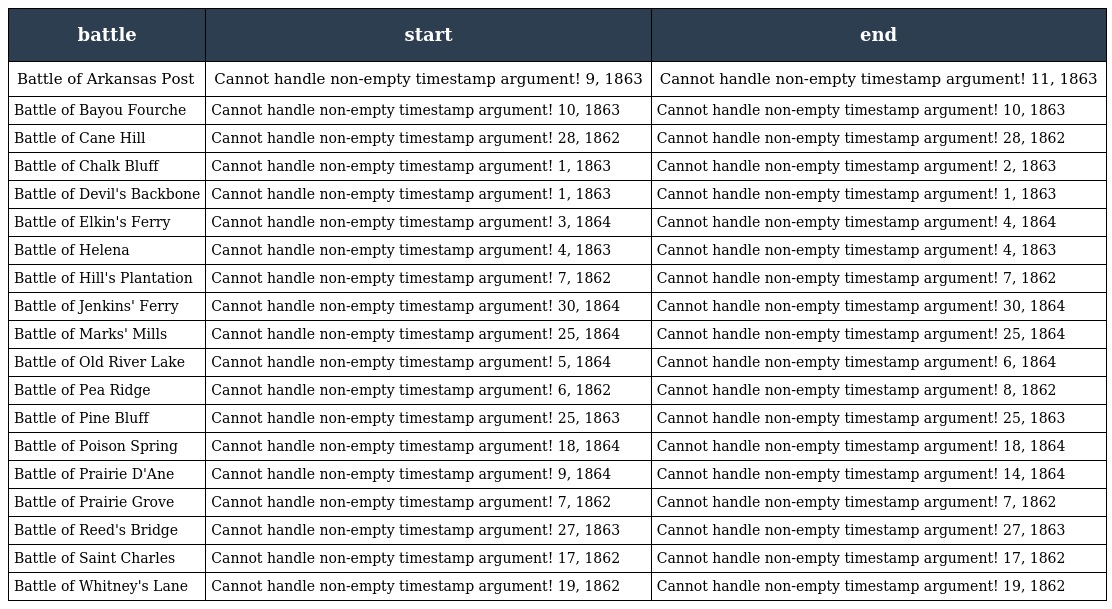
| battle | start | end |
 | --- | --- | --- |
 | Battle of Arkansas Post | Cannot handle non-empty timestamp argument! 9, 1863 | Cannot handle non-empty timestamp argument! 11, 1863 |
 | Battle of Bayou Fourche | Cannot handle non-empty timestamp argument! 10, 1863 | Cannot handle non-empty timestamp argument! 10, 1863 |
 | Battle of Cane Hill | Cannot handle non-empty timestamp argument! 28, 1862 | Cannot handle non-empty timestamp argument! 28, 1862 |
 | Battle of Chalk Bluff | Cannot handle non-empty timestamp argument! 1, 1863 | Cannot handle non-empty timestamp argument! 2, 1863 |
 | Battle of Devil's Backbone | Cannot handle non-empty timestamp argument! 1, 1863 | Cannot handle non-empty timestamp argument! 1, 1863 |
 | Battle of Elkin's Ferry | Cannot handle non-empty timestamp argument! 3, 1864 | Cannot handle non-empty timestamp argument! 4, 1864 |
 | Battle of Helena | Cannot handle non-empty timestamp argument! 4, 1863 | Cannot handle non-empty timestamp argument! 4, 1863 |
 | Battle of Hill's Plantation | Cannot handle non-empty timestamp argument! 7, 1862 | Cannot handle non-empty timestamp argument! 7, 1862 |
 | Battle of Jenkins' Ferry | Cannot handle non-empty timestamp argument! 30, 1864 | Cannot handle non-empty timestamp argument! 30, 1864 |
 | Battle of Marks' Mills | Cannot handle non-empty timestamp argument! 25, 1864 | Cannot handle non-empty timestamp argument! 25, 1864 |
 | Battle of Old River Lake | Cannot handle non-empty timestamp argument! 5, 1864 | Cannot handle non-empty timestamp argument! 6, 1864 |
 | Battle of Pea Ridge | Cannot handle non-empty timestamp argument! 6, 1862 | Cannot handle non-empty timestamp argument! 8, 1862 |
 | Battle of Pine Bluff | Cannot handle non-empty timestamp argument! 25, 1863 | Cannot handle non-empty timestamp argument! 25, 1863 |
 | Battle of Poison Spring | Cannot handle non-empty timestamp argument! 18, 1864 | Cannot handle non-empty timestamp argument! 18, 1864 |
 | Battle of Prairie D'Ane | Cannot handle non-empty timestamp argument! 9, 1864 | Cannot handle non-empty timestamp argument! 14, 1864 |
 | Battle of Prairie Grove | Cannot handle non-empty timestamp argument! 7, 1862 | Cannot handle non-empty timestamp argument! 7, 1862 |
 | Battle of Reed's Bridge | Cannot handle non-empty timestamp argument! 27, 1863 | Cannot handle non-empty timestamp argument! 27, 1863 |
 | Battle of Saint Charles | Cannot handle non-empty timestamp argument! 17, 1862 | Cannot handle non-empty timestamp argument! 17, 1862 |
 | Battle of Whitney's Lane | Cannot handle non-empty timestamp argument! 19, 1862 | Cannot handle non-empty timestamp argument! 19, 1862 |